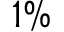
1 \%